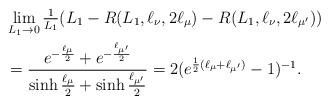
LaTeX: \begin{align*}&\lim_{L_1\to0}\tfrac{1}{L_1}(L_1-R(L_1,\ell_\nu,2\ell_\mu)-R(L_1,\ell_\nu,2\ell_{\mu'}))\\&=\frac{e^{-\frac{\ell_{\mu}}{2}}+e^{-\frac{\ell_{\mu'}}{2}}}{\sinh\frac{\ell_\mu}{2}+\sinh\frac{\ell_{\mu'}}{2}}=2(e^{\frac{1}{2}(\ell_\mu+\ell_{\mu'})}-1)^{-1}.\end{align*}